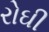
રોઘી